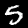
Digit: 5